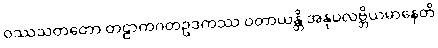
ဝဿသတတော တဠာကဂတဥဒကဿ ဝတာယန္တိ အနုပလဗ္ဘိယမာနေတိ